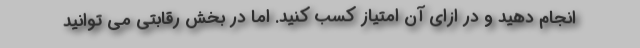
انجام دهید و در ازای آن امتیاز کسب کنید. اما در بخش رقابتی می توانید